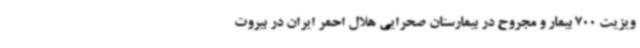
ویزیت 700 بیمار و مجروح در بیمارستان صحرایی هلال احمر ایران در بیروت